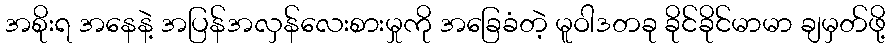
အစိုးရ အနေနဲ့ အပြန်အလှန်လေးစားမှုကို အခြေခံတဲ့ မူဝါဒတခု ခိုင်ခိုင်မာမာ ချမှတ်ဖို့